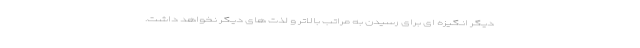
دیگر انگیزه ای برای رسیدن به مراتب بالاتر و لذت های دیگر نخواهد داشت.